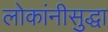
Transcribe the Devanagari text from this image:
लोकांनीसुद्धा